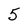
Character: 5